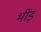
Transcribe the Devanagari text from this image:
भींड़